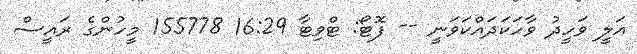
އަލީ ވަހީދު ވާހަކަދައްކަވަނީ -- ފޮޓޯ: ޓްވިޓާ 16:29 155778 މީހުންގެ ރައީސް